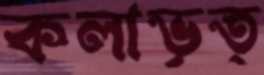
কলাভৃত্